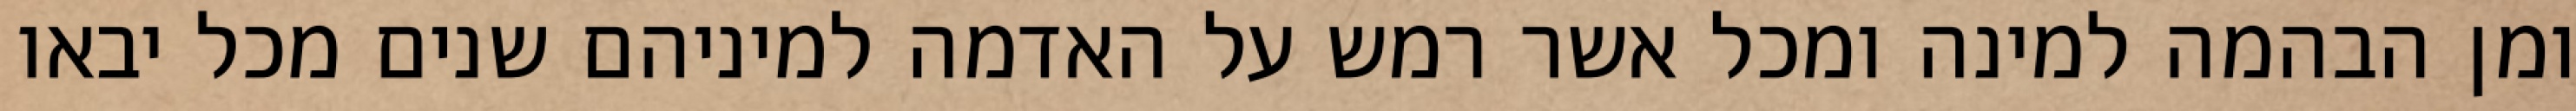
ומן הבהמה למינה ומכל אשר רמש על האדמה למיניהם שנים מכל יבאו